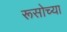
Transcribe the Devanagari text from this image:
रूसोच्या